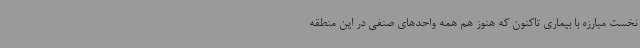
نخست مبارزه با بیماری تاکنون که هنوز هم همه واحدهای صنفی در این منطقه